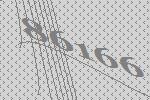
86166